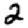
Digit: 2